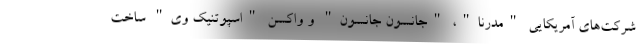
شرکت‌های آمریکایی "مدرنا"، "جانسون جانسون" و واکسن "اسپوتنیک وی" ساخت